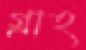
গ্রাহ